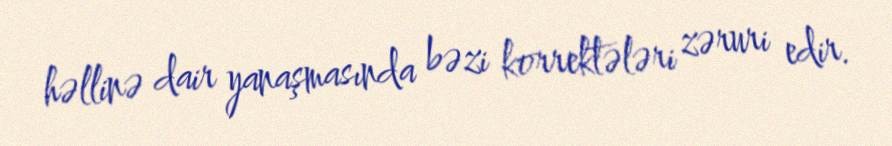
həllinə dair yanaşmasında bəzi korrektələri zəruri edir.